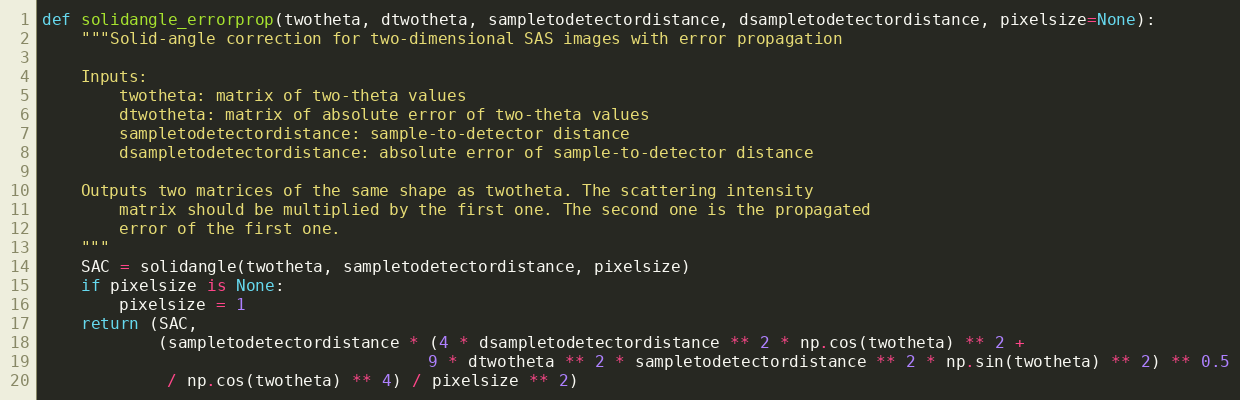
Language: Python
def solidangle_errorprop(twotheta, dtwotheta, sampletodetectordistance, dsampletodetectordistance, pixelsize=None):
    """Solid-angle correction for two-dimensional SAS images with error propagation

    Inputs:
        twotheta: matrix of two-theta values
        dtwotheta: matrix of absolute error of two-theta values
        sampletodetectordistance: sample-to-detector distance
        dsampletodetectordistance: absolute error of sample-to-detector distance

    Outputs two matrices of the same shape as twotheta. The scattering intensity
        matrix should be multiplied by the first one. The second one is the propagated
        error of the first one.
    """
    SAC = solidangle(twotheta, sampletodetectordistance, pixelsize)
    if pixelsize is None:
        pixelsize = 1
    return (SAC,
            (sampletodetectordistance * (4 * dsampletodetectordistance ** 2 * np.cos(twotheta) ** 2 +
                                        9 * dtwotheta ** 2 * sampletodetectordistance ** 2 * np.sin(twotheta) ** 2) ** 0.5
             / np.cos(twotheta) ** 4) / pixelsize ** 2)